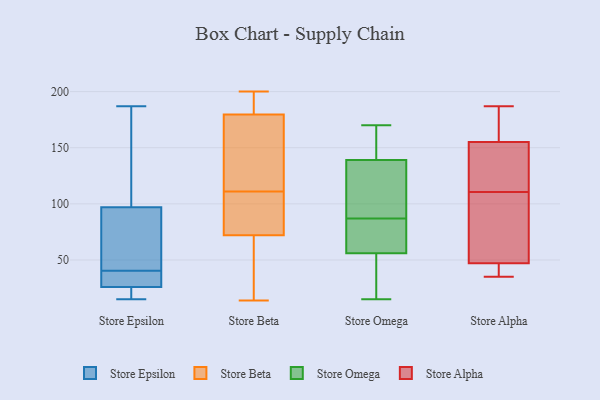
{"axis": {"x": "Backlog", "y": "Value"}, "legend": ["Store Alpha", "Store Beta", "Store Epsilon", "Store Omega"], "data": [{"x": "", "y": 42, "type": "Store Epsilon"}, {"x": "", "y": 76, "type": "Store Epsilon"}, {"x": "", "y": 121, "type": "Store Epsilon"}, {"x": "", "y": 39, "type": "Store Epsilon"}, {"x": "", "y": 26, "type": "Store Epsilon"}, {"x": "", "y": 15, "type": "Store Epsilon"}, {"x": "", "y": 36, "type": "Store Epsilon"}, {"x": "", "y": 97, "type": "Store Epsilon"}, {"x": "", "y": 187, "type": "Store Epsilon"}, {"x": "", "y": 17, "type": "Store Epsilon"}, {"x": "", "y": 32, "type": "Store Beta"}, {"x": "", "y": 107, "type": "Store Beta"}, {"x": "", "y": 200, "type": "Store Beta"}, {"x": "", "y": 14, "type": "Store Beta"}, {"x": "", "y": 182, "type": "Store Beta"}, {"x": "", "y": 191, "type": "Store Beta"}, {"x": "", "y": 184, "type": "Store Beta"}, {"x": "", "y": 162, "type": "Store Beta"}, {"x": "", "y": 104, "type": "Store Beta"}, {"x": "", "y": 43, "type": "Store Beta"}, {"x": "", "y": 67, "type": "Store Beta"}, {"x": "", "y": 87, "type": "Store Beta"}, {"x": "", "y": 115, "type": "Store Beta"}, {"x": "", "y": 111, "type": "Store Beta"}, {"x": "", "y": 172, "type": "Store Beta"}, {"x": "", "y": 146, "type": "Store Omega"}, {"x": "", "y": 77, "type": "Store Omega"}, {"x": "", "y": 103, "type": "Store Omega"}, {"x": "", "y": 66, "type": "Store Omega"}, {"x": "", "y": 26, "type": "Store Omega"}, {"x": "", "y": 87, "type": "Store Omega"}, {"x": "", "y": 63, "type": "Store Omega"}, {"x": "", "y": 142, "type": "Store Omega"}, {"x": "", "y": 90, "type": "Store Omega"}, {"x": "", "y": 15, "type": "Store Omega"}, {"x": "", "y": 170, "type": "Store Omega"}, {"x": "", "y": 35, "type": "Store Omega"}, {"x": "", "y": 138, "type": "Store Omega"}, {"x": "", "y": 96, "type": "Store Alpha"}, {"x": "", "y": 155, "type": "Store Alpha"}, {"x": "", "y": 47, "type": "Store Alpha"}, {"x": "", "y": 126, "type": "Store Alpha"}, {"x": "", "y": 140, "type": "Store Alpha"}, {"x": "", "y": 179, "type": "Store Alpha"}, {"x": "", "y": 174, "type": "Store Alpha"}, {"x": "", "y": 99, "type": "Store Alpha"}, {"x": "", "y": 35, "type": "Store Alpha"}, {"x": "", "y": 187, "type": "Store Alpha"}, {"x": "", "y": 41, "type": "Store Alpha"}, {"x": "", "y": 114, "type": "Store Alpha"}, {"x": "", "y": 107, "type": "Store Alpha"}, {"x": "", "y": 47, "type": "Store Alpha"}]}